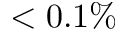
< 0 . 1 \%